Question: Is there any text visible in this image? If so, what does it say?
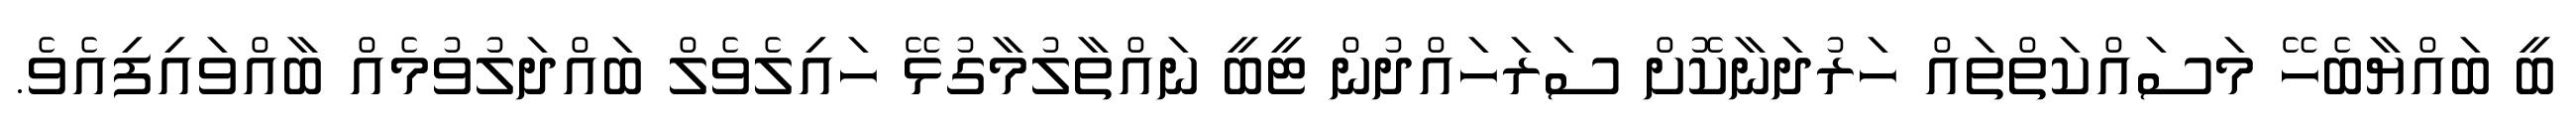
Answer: ބީ ބައްޔާބެހޭ މަސައްކަތްތައް ހަރުދަނާކޮށް ސަރަހައްދުން ޓީބީ ނައްތާލުމާގުޅޭ ހައިލެވެލް ބައްދަލުވުމެއް ބާއްވައިފިއެވެ.